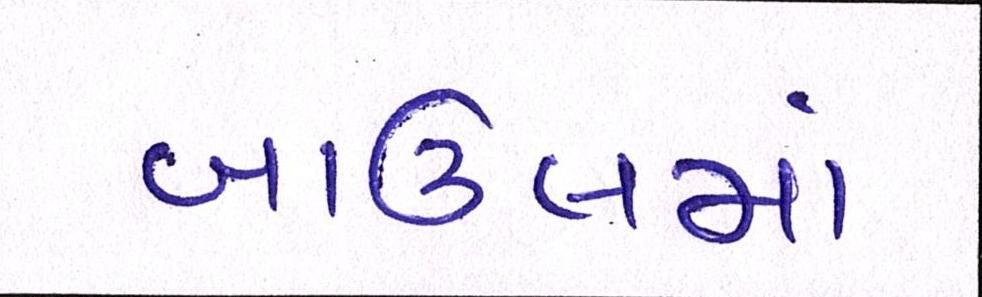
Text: બાઉલમાં